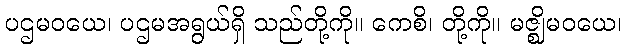
ပဌမဝယေ၊ ပဌမအရွယ်ရှိ သည်တို့ကို။ ကေစိ၊ တို့ကို။ မဇ္ဈိမဝယေ၊